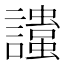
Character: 𲁾